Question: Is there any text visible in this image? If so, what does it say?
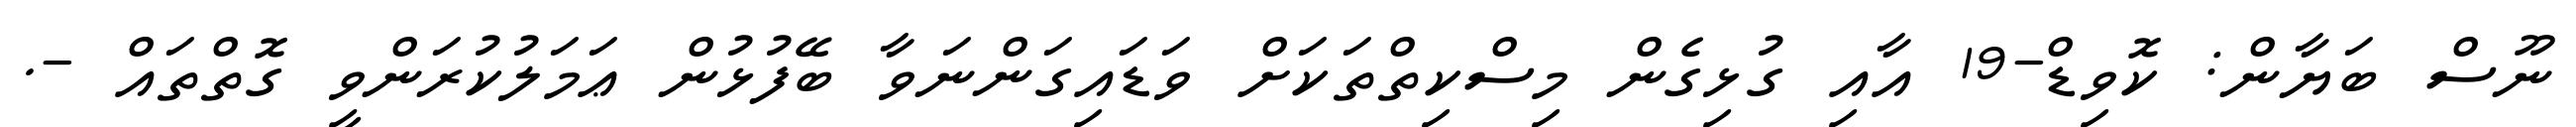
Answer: ނޫސް ބަޔާން: ކޮވިޑް-19 އާއި ގުޅިގެން މިސްކިތްތަކަށް ވަޑައިގަންނަވާ ބޭފުޅުން ޢަމަލުކުރަންވީ ގޮތްތައް -.